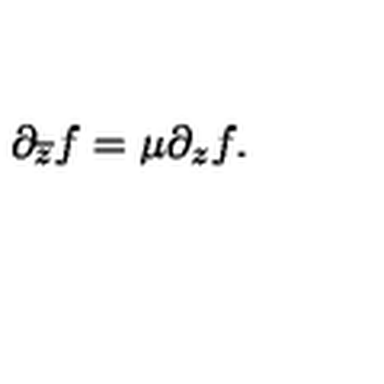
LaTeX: \partial _ { \overline { { z } } } f = \mu \partial _ { z } f .